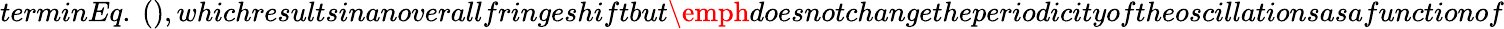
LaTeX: terminEq.\ (),whichresultsinanoverallfringeshiftbut\emph{doesnotchange}theperiodicityoftheoscillationsasafunctionof